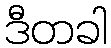
ဒီတခါ